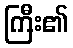
ကြီး၏